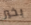
بخير